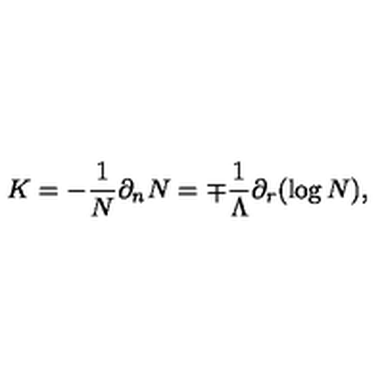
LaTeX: K = - \frac { 1 } { N } \partial _ { n } N = \mp \frac { 1 } { \Lambda } \partial _ { r } ( \log N ) ,